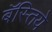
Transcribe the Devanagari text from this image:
बॅस्तिये